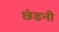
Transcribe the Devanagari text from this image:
छंडनी